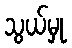
သွယ်မှု